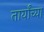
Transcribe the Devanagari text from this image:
तार्यांच्या